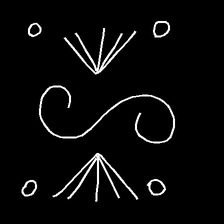
Glyph: aeroform